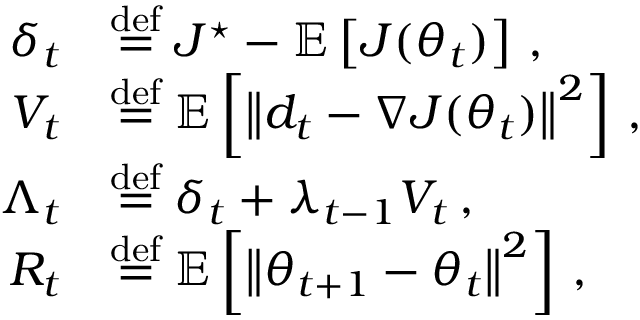
\begin{array} { r l } { \delta _ { t } } & { \stackrel { \mathrm { d e f } } { = } J ^ { \star } - { \mathbb E } \left[ J ( \theta _ { t } ) \right] \, , } \\ { V _ { t } } & { \stackrel { \mathrm { d e f } } { = } { \mathbb E } \left[ \left\| d _ { t } - \nabla J ( \theta _ { t } ) \right\| ^ { 2 } \right] \, , } \\ { \Lambda _ { t } } & { \stackrel { \mathrm { d e f } } { = } \delta _ { t } + \lambda _ { t - 1 } V _ { t } \, , } \\ { R _ { t } } & { \stackrel { \mathrm { d e f } } { = } { \mathbb E } \left[ \left\| \theta _ { t + 1 } - \theta _ { t } \right\| ^ { 2 } \right] \, , } \end{array}